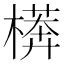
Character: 𱤕